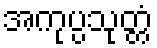
အကုပ္ပသုတ္တံ